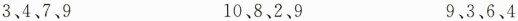
3、4、7、9 10、8、2、9 9、3、6、4